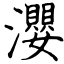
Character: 瀴